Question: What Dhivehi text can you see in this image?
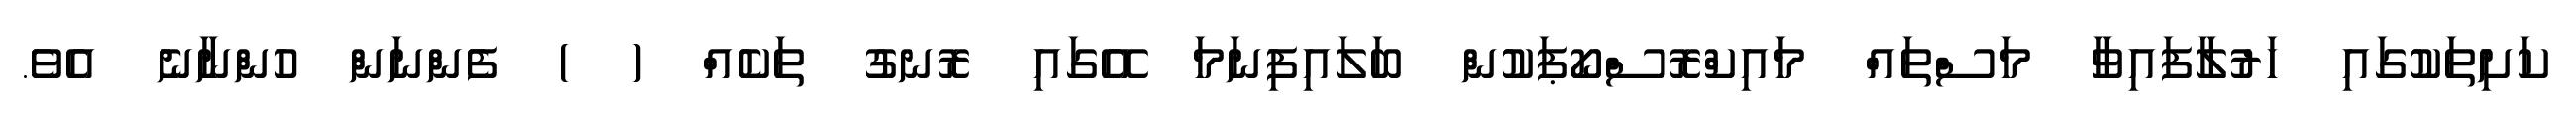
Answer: ކަށިތަކުގައި ހަރުލާފައިވާ މަސްތައް މައިކްރޮސްކޯޕަކުން ބަލައިފިނަމަ އޭގައި ރޮނގު ތަކެއް ( ) ފެންނަން ހުންނާނެ އެވެ.